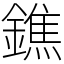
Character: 鐎